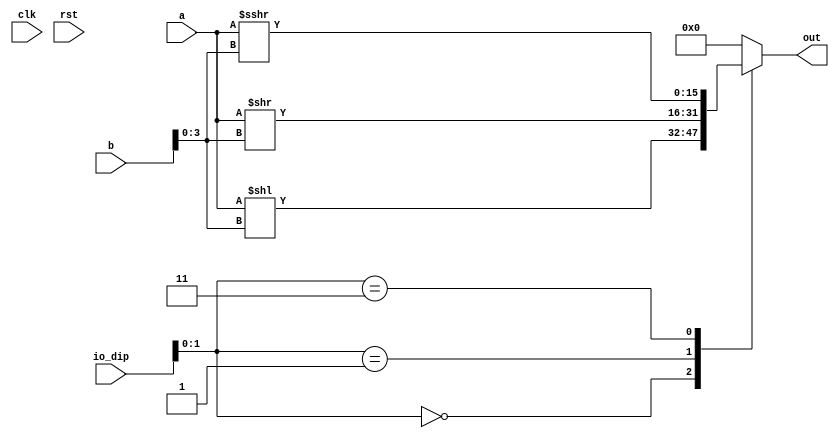
module sft_9 (
    input clk,
    input rst,
    input [7:0] io_dip,
    input [15:0] a,
    input [15:0] b,
    output reg [15:0] out
  );
  
  
  
  always @* begin
    out = 1'h0;
    
    case (io_dip[0+1-:2])
      1'h0: begin
        out = a << b[0+3-:4];
      end
      1'h1: begin
        out = a >> b[0+3-:4];
      end
      2'h3: begin
        out = $signed(a) >>> b[0+3-:4];
      end
    endcase
  end
endmodule